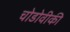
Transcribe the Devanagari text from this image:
चोडोवीकी